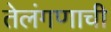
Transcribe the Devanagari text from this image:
तेलंगणाची